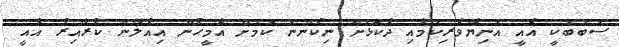
ސަބަބަކީ އެއީ އަނިޔާވެރިކަމާއި ދެކޮޅަށް ނިކުންނަ ކަމަށް އެމީހުން އިއުލާން ކުރާއިރު އެއީ